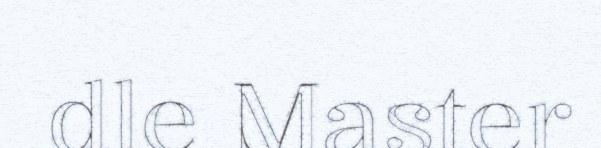
dle Master